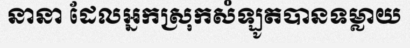
នានា ដែលអ្នកស្រុកសំឡូតបានទម្លាយ